Civil Veterinary Department. United Provinces 1912-22 - 1912-1922
Year: 1912
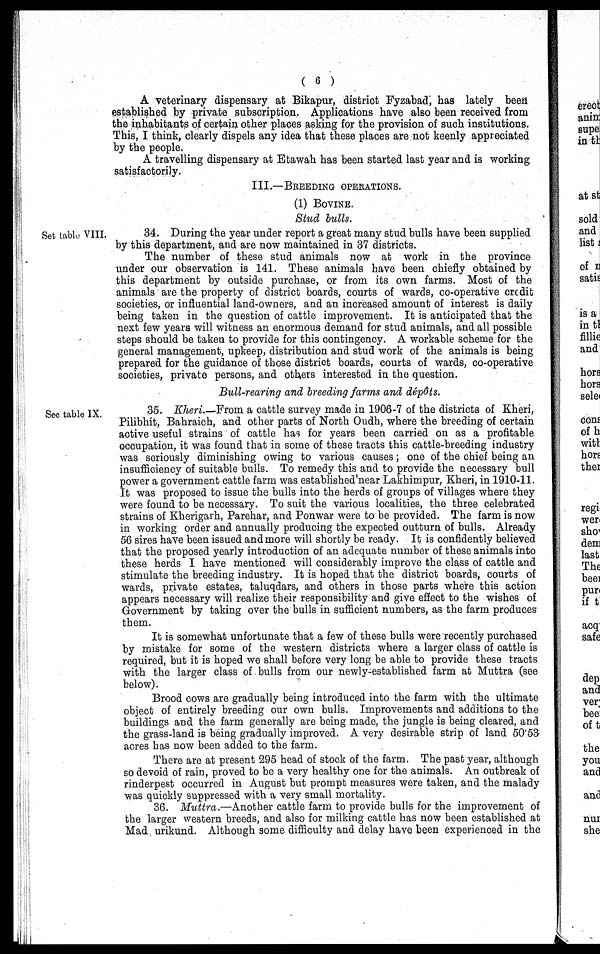
( 6 )
A veterinary dispensary at Bikapur, district Fyzabad, has lately been
established by private subscription. Applications have also been received from
the inhabitants of certain other places asking for the provision of such institutions.
This, I think, clearly dispels any idea that these places are not keenly appreciated
by the people.
A travelling dispensary at Etawah has been started last year and is working
satisfactorily.
III.—BREEDING OPERATIONS.
(1) BOVINE.
Stud bulls.
Set table VIII.
34. During the year under report a great many stud bulls have been supplied
by this department, and are now maintained in 37 districts.
The number of these stud animals now at work in the province
under our observation is 141. These animals have been chiefly obtained by
this department by outside purchase, or from its own farms. Most of the
animals are the property of district boards, courts of wards, co-operative credit
societies, or influential land-owners, and an increased amount of interest is daily
being taken in the question of cattle improvement. It is anticipated that the
next few years will witness an enormous demand for stud animals, and all possible
steps should be taken to provide for this contingency. A workable scheme for the
general management, upkeep, distribution and stud work of the animals is being
prepared for the guidance of those district boards, courts of wards, co-operative
societies, private persons, and others interested in the question.
Bull-rearing and breeding farms and dépôts.
See table IX.
35. Kheri.—From a cattle survey made in 1906-7 of the districts of Kheri,
Pilibhit, Bahraich, and other parts of North Oudh, where the breeding of certain
active useful strains of cattle has for years been carried on as a profitable
occupation, it was found that in some of these tracts this cattle-breeding industry
was seriously diminishing owing to various causes; one of the chief being an
insufficiency of suitable bulls. To remedy this and to provide the necessary bull
power a government cattle farm was established'near Lakhimpur, Kheri, in 1910-11.
It was proposed to issue the bulls into the herds of groups of villages where they
were found to be necessary. To suit the various localities, the three celebrated
strains of Kherigarh, Parehar, and Ponwar were to be provided. The farm is now
in working order and annually producing the expected outturn of bulls. Already
56 sires have been issued and more will shortly be ready. It is confidently believed
that the proposed yearly introduction of an adequate number of these animals into
these herds I have mentioned will considerably improve the class of cattle and
stimulate the breeding industry. It is hoped that the district boards, courts of
wards, private estates, taluqdars, and others in those parts where this action
appears necessary will realize their responsibility and give effect to the wishes of
Government by taking over the bulls in sufficient numbers, as the farm produces
them.
It is somewhat unfortunate that a few of these bulls were recently purchased
by mistake for some of the western districts where a larger class of cattle is
required, but it is hoped we shall before very long be able to provide these tracts
with the larger class of bulls from our newly-established farm at Muttra (see
below).
Brood cows are gradually being introduced into the farm with the ultimate
object of entirely breeding our own bulls. Improvements and additions to the
buildings and the farm generally are being made, the jungle is being cleared, and
the grass-land is being gradually improved. A very desirable strip of land 50.53
acres has now been added to the farm.
There are at present 295 head of stock of the farm. The past year, although
so devoid of rain, proved to be a very healthy one for the animals. An outbreak of
rinderpest occurred in August but prompt measures were taken, and the malady
was quickly suppressed with a very small mortality.
36. Muttra.—Another cattle farm to provide bulls for the improvement of
the larger western breeds, and also for milking cattle has now been established at
Mad urikund. Although some difficulty and delay have been experienced in the